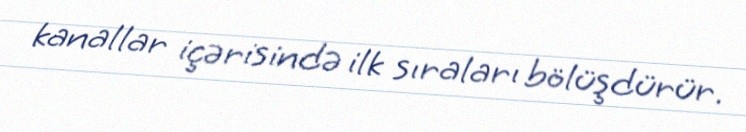
kanallar içərisində ilk sıraları bölüşdürür.